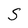
Character: S